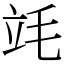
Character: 竓